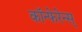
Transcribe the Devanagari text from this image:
कॉन्फेरेन्स्